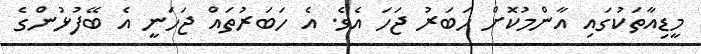
މީޑިއާތަކުގައި އާންމުކޮށް ހަބަރު ޖަހަ އެވެ. އެ ހަބަރުތައް ޖަހަނީ އެ ބޭފުޅުންގެ